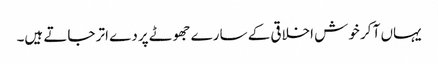
یہاں آ کر خوش اخلاقی کے سارے جھوٹے پردے اتر جاتے ہیں۔